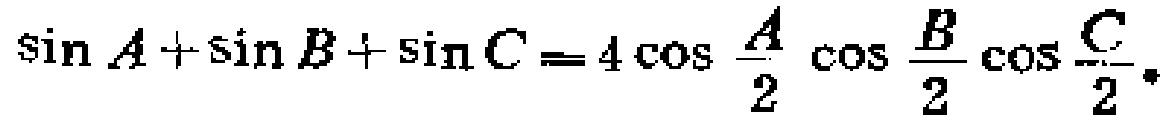
\(\sin A+\sin B+\sin C = 4\cos\frac{A}{2}\cos\frac{B}{2}\cos\frac{C}{2}\)